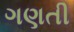
ગણતી